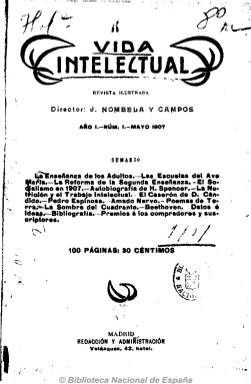
Título: Vida intelectual
Colección: Revistas de información general
Ámbito geográfico: Madrid
Lugar de publicación: Madrid
Fechas: 01/01/1907-31/12/1908

Revista ilustrada de periodicidad mensual dirigida por el escritor y periodista Julio Nombela y Campos. Con artículos sobre la cultura en general (literaria, poética, académica, artística, científica, política, social, etc.) e ilustrada con grabados y fotografías de retratos de literatos, filósofos, intelectuales, y de paisajes, monumentos, obras pictóricas, caricaturas, etc. Además de artículos que versan sobre pedagogía, educación, medicina o música, da cabida a la propia creación literaria, teatral y poética y a los estudios de crítica literaria y cultural. Contiene también biografía y bibliografía. Asimismo publica traducciones, y sus contenidos se refieren tanto a la vida intelectual española y de sus regiones, como a la internacional (portuguesa, francesa o italiana).

Se editaba en cuadernos de un centenar de páginas y salía los días 15 de cada mes, formando tomos con índices de materias, autores e ilustraciones. Resalta la publicación de una autobiografía del filósofo H. Spencer, que continuó a lo largo de todos sus números, hasta su desaparición, que debió coincidir con el fallecimiento temprano de su director.